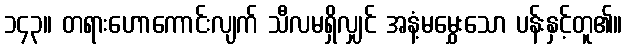
၁၄၃။ တရားဟောကောင်းလျက် သီလမရှိလျှင် အနံ့မမွှေးသော ပန်းနှင့်တူ၏။